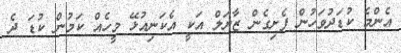
އެންމެ ކުޑަދުވަހުން ފެށިގެން ޒާޔަލް އަކީ އެކަނިއުޅޭ މީހެއް ކަމުން ކުޑަ ދެ